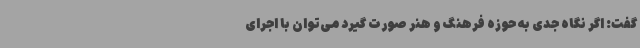
گفت: اگر نگاه جدی به حوزه فرهنگ و هنر صورت گیرد می‌توان با اجرای